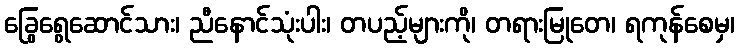
ခြွေရွေဆောင်သား၊ ညီနောင်သုံးပါး၊ တပည့်များကို၊ တရားမြုတေ၊ ရကုန်စေမှ၊